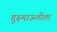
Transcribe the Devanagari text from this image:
गुरूमाऊलीला